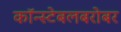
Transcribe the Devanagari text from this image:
कॉन्स्टेबलबरोबर